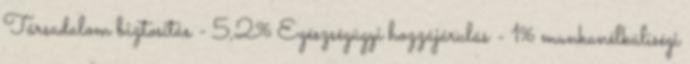
Társadalom biztosítás - 5,2% Egészségügyi hozzájárulás - 1% munkanélküliségi